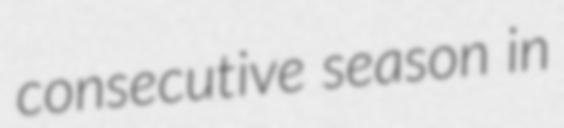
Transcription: consecutive season in